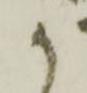
か